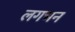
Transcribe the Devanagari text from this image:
लगभन